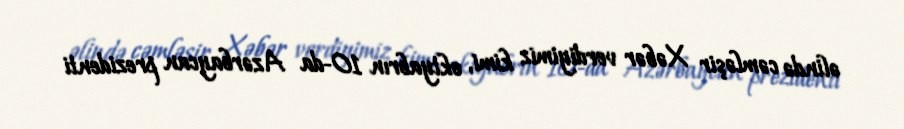
əlində cəmləşir Xəbər verdiyimiz kimi, oktyabrın 10-da Azərbaycan prezidenti